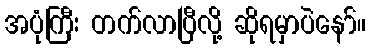
အပုံကြီး တက်လာပြီလို့ ဆိုရမှာပဲနော်။